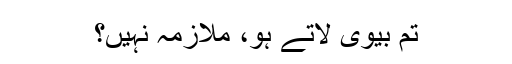
تم بیوی لاتے ہو، ملازمہ نہیں؟